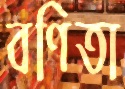
বণিতা